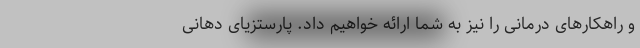
و راهکارهای درمانی را نیز به شما ارائه خواهیم داد. پارستزیای دهانی